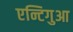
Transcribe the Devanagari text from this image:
एन्टिगुआ